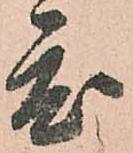
度